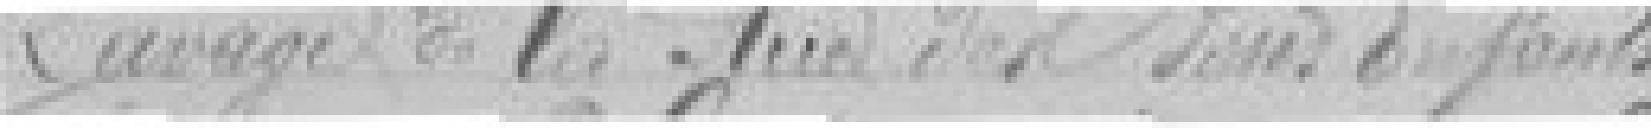
Lavage de la Rue des Bons Enfants